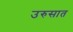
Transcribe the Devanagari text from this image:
उरुसात